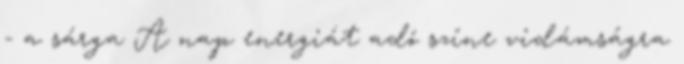
- a sárga A nap energiát adó színe vidámságra